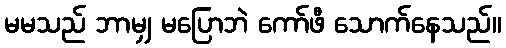
မမသည် ဘာမျှ မပြောဘဲ ကော်ဖီ သောက်နေသည်။